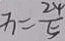
x = \frac { 2 4 } { 5 }